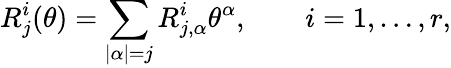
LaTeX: R_{j}^{i}(\theta)=\sum_{|\alpha|=j}R_{j,\alpha}^{i}\theta^{\alpha},\qquad i=1,\ldots,r,